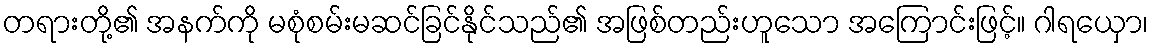
တရားတို့၏ အနက်ကို မစုံစမ်းမဆင်ခြင်နိုင်သည်၏ အဖြစ်တည်းဟူသော အကြောင်းဖြင့်။ ဂါရယှော၊